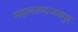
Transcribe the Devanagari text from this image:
महाकाव्यजयपुर